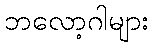
ဘလော့ဂါများ